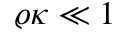
\varrho \kappa \ll 1